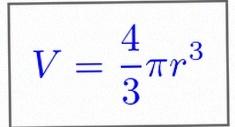
V=\frac43\pi r^3